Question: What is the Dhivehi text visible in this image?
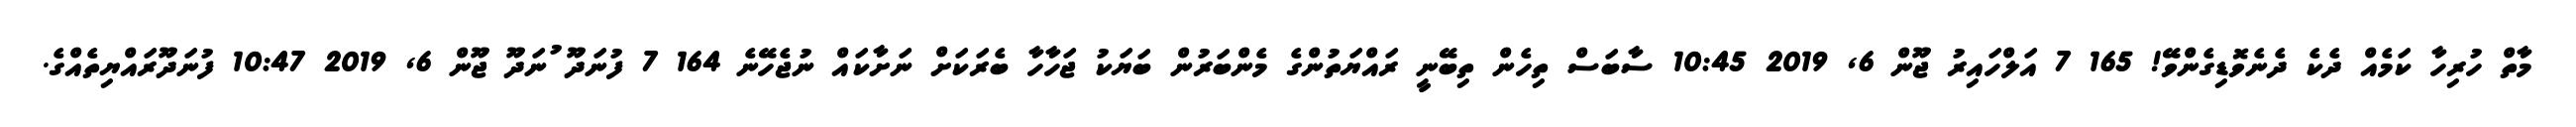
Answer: މާތް ހުރިހާ ކަމެއް ދެކެ ދެނެވޮޑިގެންވޭ! 165 7 އަލްހައިރު ޖޫން 6, 2019 10:45 ސާބަސް ތިހެން ތިބޭނީ ރައްޔަތުންގެ މެންބަރުން ބަޔަކު ޖަހާހާ ބެރަކަށް ނަށާކައް ނުޖެހޭނެ 164 7 ފުނަދޫ ުނަދޫ ޖޫން 6, 2019 10:47 ފުނަދޫރައްޔިތެއްގެ.